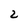
Character: 2